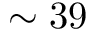
\sim 3 9